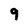
Character: 9